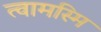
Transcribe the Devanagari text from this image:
त्वामस्मि